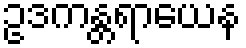
ဥဒကန္တရာယေန